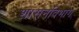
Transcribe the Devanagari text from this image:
शासनविभाग